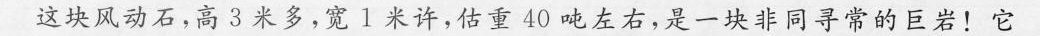
这块风动石，高3米多，宽1米许，估重40吨左右，是一块非同寻常的巨岩！它